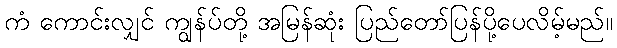
ကံ ကောင်းလျှင် ကျွန်ပ်တို့ အမြန်ဆုံး ပြည်တော်ပြန်ပို့ပေလိမ့်မည်။